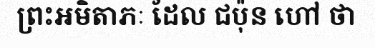
ព្រះអមិតាភៈ ដែល ជប៉ុន ហៅ ថា